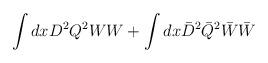
\begin{align*}\int {d x D^2 Q^2} W W + \int {d x \bar{D}^2 \bar{Q}^2} \bar{W} \bar{W}\end{align*}